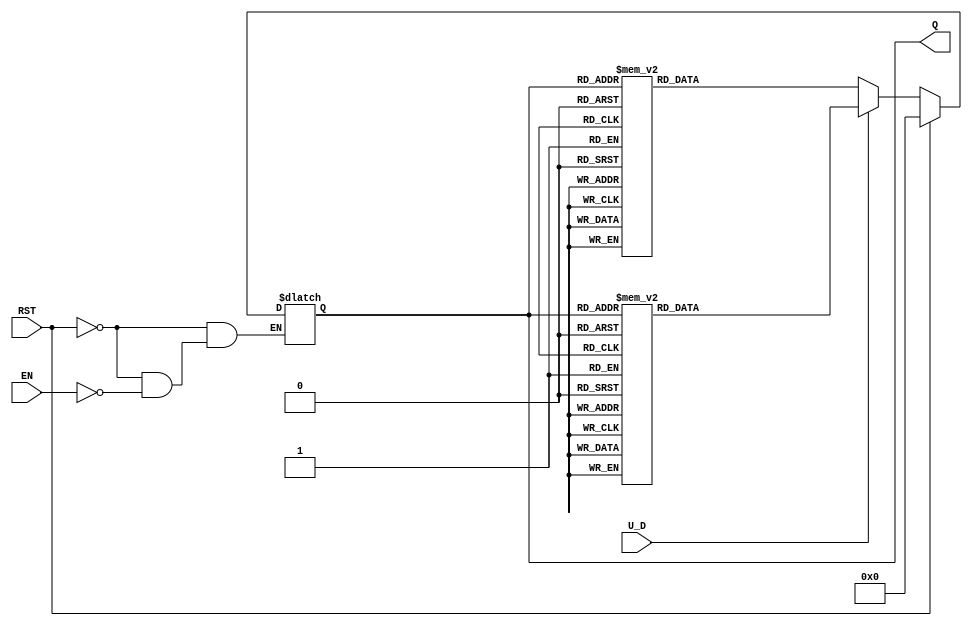
module UpDownAsyncCounter (
    input wire U_D,      // Up/Down control signal
    input wire RST,      // Asynchronous reset signal
    input wire EN,       // Enable signal
    output reg [3:0] Q   // 4-bit count value
);

    // Asynchronous reset
    always @* begin
        if (RST) begin
            Q = 4'b0000; // Reset counter to 0
        end else if (EN) begin
            if (U_D) begin
                // Count Up
                case (Q)
                    4'b0000: Q = 4'b0001;
                    4'b0001: Q = 4'b0010;
                    4'b0010: Q = 4'b0011;
                    4'b0011: Q = 4'b0100;
                    4'b0100: Q = 4'b0101;
                    4'b0101: Q = 4'b0110;
                    4'b0110: Q = 4'b0111;
                    4'b0111: Q = 4'b1000;
                    4'b1000: Q = 4'b1001;
                    4'b1001: Q = 4'b1010;
                    4'b1010: Q = 4'b1011;
                    4'b1011: Q = 4'b1100;
                    4'b1100: Q = 4'b1101;
                    4'b1101: Q = 4'b1110;
                    4'b1110: Q = 4'b1111;
                    4'b1111: Q = 4'b0000; // Wrap around
                endcase
            end else begin
                // Count Down
                case (Q)
                    4'b0000: Q = 4'b1111; // Wrap around
                    4'b0001: Q = 4'b0000;
                    4'b0010: Q = 4'b0001;
                    4'b0011: Q = 4'b0010;
                    4'b0100: Q = 4'b0011;
                    4'b0101: Q = 4'b0100;
                    4'b0110: Q = 4'b0101;
                    4'b0111: Q = 4'b0110;
                    4'b1000: Q = 4'b0111;
                    4'b1001: Q = 4'b1000;
                    4'b1010: Q = 4'b1001;
                    4'b1011: Q = 4'b1010;
                    4'b1100: Q = 4'b1011;
                    4'b1101: Q = 4'b1100;
                    4'b1110: Q = 4'b1101;
                    4'b1111: Q = 4'b1110;
                endcase
            end
        end
    end

    // Initial condition
    initial begin
        Q = 4'b0000; // Initialize count value to 0
    end

endmodule